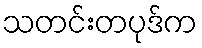
သတင်းတပုဒ်က